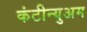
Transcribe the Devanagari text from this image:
कंटीन्युअम